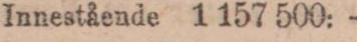
Innestående 1 157 500: —